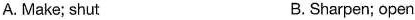
A. Make; shut B.Sharpen; open